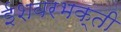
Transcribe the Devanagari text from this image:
ईशवरभक्ती